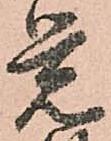
覚